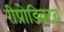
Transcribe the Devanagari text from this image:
रीप्रोड्क्टिव